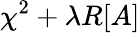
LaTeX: \chi^{2}+{\lambda}R[A]